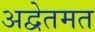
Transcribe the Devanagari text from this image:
अद्वेतमत